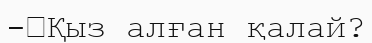
-	Қыз алған қалай?